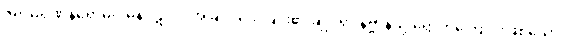
ဇရာမရဏနိရောဓဂါမိနိပဋိပဒံ၊ အိုခြင်း သေခြင်း၏ ချုပ်ရာ နိဗ္ဗာန်သို့ ရောက်ကြောင်းဖြစ်သော